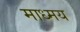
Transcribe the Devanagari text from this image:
माध्मय